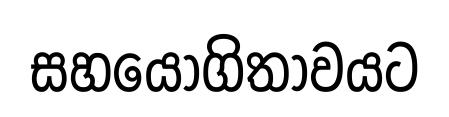
සහයෝගිතාවයට